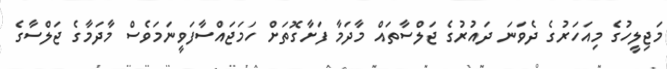
މަޖިލީހުގެ މިއަހަރުގެ ދެވަނަ ދައުރުގެ ޖަލްސާތައް މާދަމާ ފަށާގޮތަށް ހަމަޖައްސާފަވީނަމަވެސް މާދަމާގެ ޖަލްސާގެ